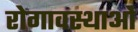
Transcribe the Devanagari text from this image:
रोगावस्थाओं